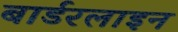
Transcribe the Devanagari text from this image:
बार्डरलाइन